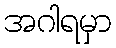
အဂါရမှာ